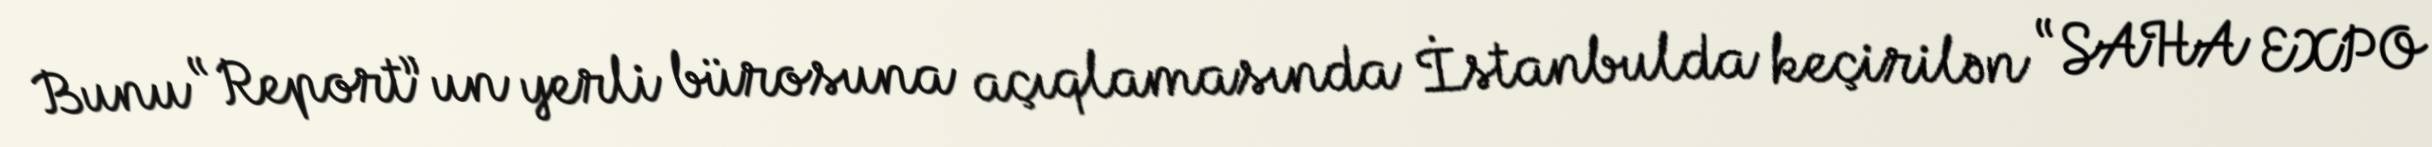
Bunu “Report”un yerli bürosuna açıqlamasında İstanbulda keçirilən “SAHA EXPO